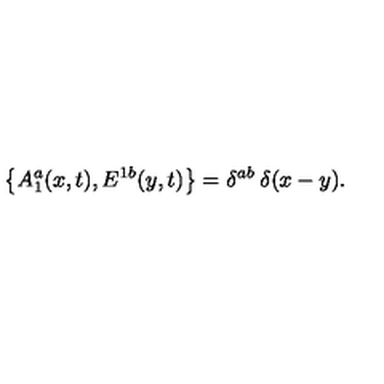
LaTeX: \big \{ A _ { 1 } ^ { a } ( x , t ) , E ^ { 1 b } ( y , t ) \big \} = \delta ^ { a b } \: \delta ( x - y ) .